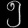
Digit: ၅